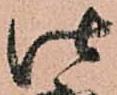
仕